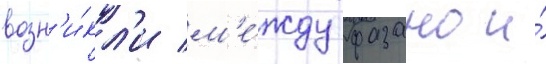
возн'и́кл'и м'е́жду фазано и́